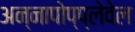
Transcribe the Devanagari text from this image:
अन्नापोप्प्लेवेल